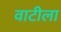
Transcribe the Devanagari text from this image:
वाटीला